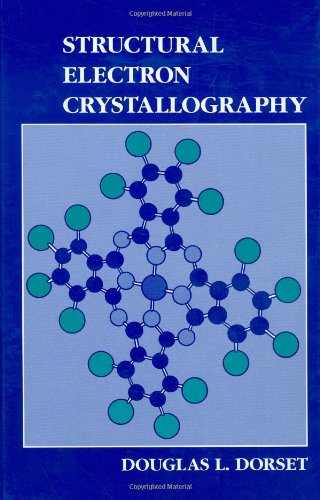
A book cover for Structural Electron Crystallography (Language of Science); D.L. Dorset; Science & Math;